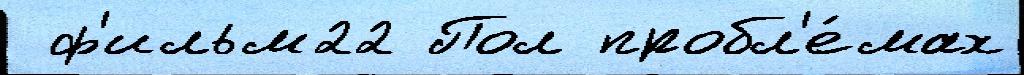
 ф'ильм22 Пол пробл'е́мах